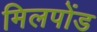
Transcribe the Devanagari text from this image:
मिलपोंड